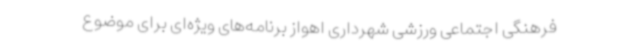
فرهنگی اجتماعی ورزشی شهرداری اهواز برنامه‌های ویژه‌ای برای موضوع